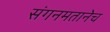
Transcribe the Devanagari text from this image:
संगनमतानेच